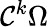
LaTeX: {\mathcal{C}}^{k}\Omega